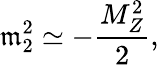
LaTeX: \mathfrak{m}_{2}^{2}\simeq-\frac{{M_{Z}^{2}}}{{2}},